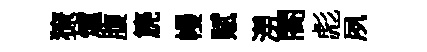
獠爐腹篪幔赋澇閤彪夙